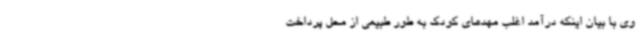
وی با بیان اینکه درآمد اغلب مهدهای کودک به طور طبیعی از محل پرداخت